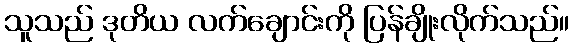
သူသည် ဒုတိယ လက်ချောင်းကို ပြန်ချိုးလိုက်သည်။